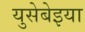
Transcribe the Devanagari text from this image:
युसेबेइया